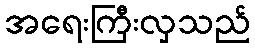
အရေးကြီးလှသည်